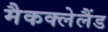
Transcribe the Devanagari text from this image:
मैकक्लेलैंड